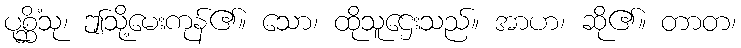
ပုစ္ဆိံသု၊ ဤသို့မေးကုန်၏။ သော၊ ထိုသူဌေးသည်။ အာဟ၊ ဆို၏။ တာတ၊